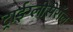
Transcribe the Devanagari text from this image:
ट्राईग्लीसेरॉल